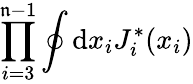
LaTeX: \prod_{i=3}^{\mathfrak{n}-1}\oint\mathrm{d}x_{i}J_{i}^{*}(x_{i})